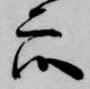
衆